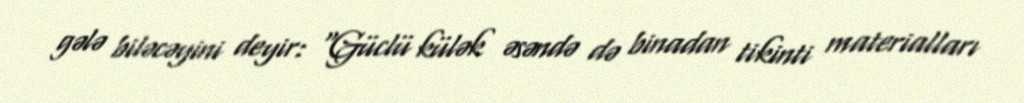
gələ biləcəyini deyir: “Güclü külək əsəndə də binadan tikinti materialları